Subject: math
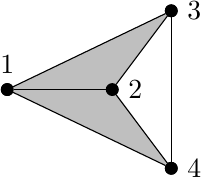
LaTeX code:
\begin{tikzpicture}
\node[circle, draw, fill=black, inner sep=1.5pt, label=above:1] (v1) at (-4/3,0) {};
\node[circle, draw, fill=black, inner sep=1.5pt,label=right:2] (v2) at (0,0) {};
\node[circle, draw, fill=black, inner sep=1.5pt, label= right :3] (v3) at (3/4,1) {};
\node[circle, draw, fill=black, inner sep=1.5pt, label= right:4] (v4) at (3/4,-1) {};

\fill[color=lightgray] (v1.center) -- (v2.center) -- (v3.center) -- cycle;
\fill[color=lightgray] (v1.center) -- (v2.center) -- (v4.center) -- cycle;

\draw (v1) -- (v2);
\draw (v1) -- (v3);
\draw (v1) -- (v4);
\draw (v2) -- (v3);
\draw (v2) -- (v4);
\draw (v3) -- (v4);

\node[circle, draw, fill=black, inner sep=1.5pt] at (-4/3,0) {};
\node[circle, draw, fill=black, inner sep=1.5pt] at (0,0) {};
\node[circle, draw, fill=black, inner sep=1.5pt] at (3/4,1) {};
\node[circle, draw, fill=black, inner sep=1.5pt] at (3/4,-1) {};

\end{tikzpicture}